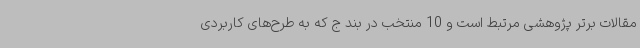
مقالات برتر پژوهشی مرتبط است و 10 منتخب در بند ج که به طرح‌های کاربردی